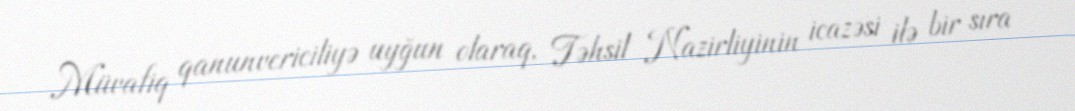
Müvafiq qanunvericiliyə uyğun olaraq, Təhsil Nazirliyinin icazəsi ilə bir sıra